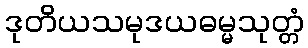
ဒုတိယသမုဒယဓမ္မသုတ္တံ